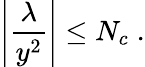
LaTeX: \left|\frac{\lambda}{y^{2}}\right|\leq N_{c}\; .